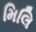
મિલિ